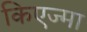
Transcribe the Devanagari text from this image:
किएज्मा